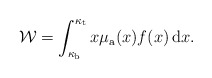
\begin{align*}\mathcal{W}=\int_{\kappa_{\rm b}}^{\kappa_{\rm t}} x\mu_{\rm a}(x) f(x) \,\mathrm{d} x.\end{align*}